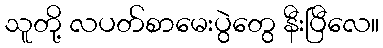
သူတို့ လပတ်စာမေးပွဲတွေ နီးပြီလေ။